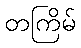
တကြိမ်